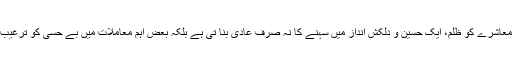
مغربی لبرلزم معاشرے کو ظلم، ایک حسین و دلکش انداز میں سہنے کا نہ صرف عادی بنا تی ہے بلکہ بعض اہم معاملات میں بے حسی کو ترغیب بھی دیتی ہے۔